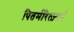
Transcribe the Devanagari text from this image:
पितर्मरित्ज़्बर्ग